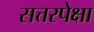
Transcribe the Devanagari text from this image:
सत्तरपेक्षा